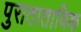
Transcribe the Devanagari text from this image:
पुराताताविक